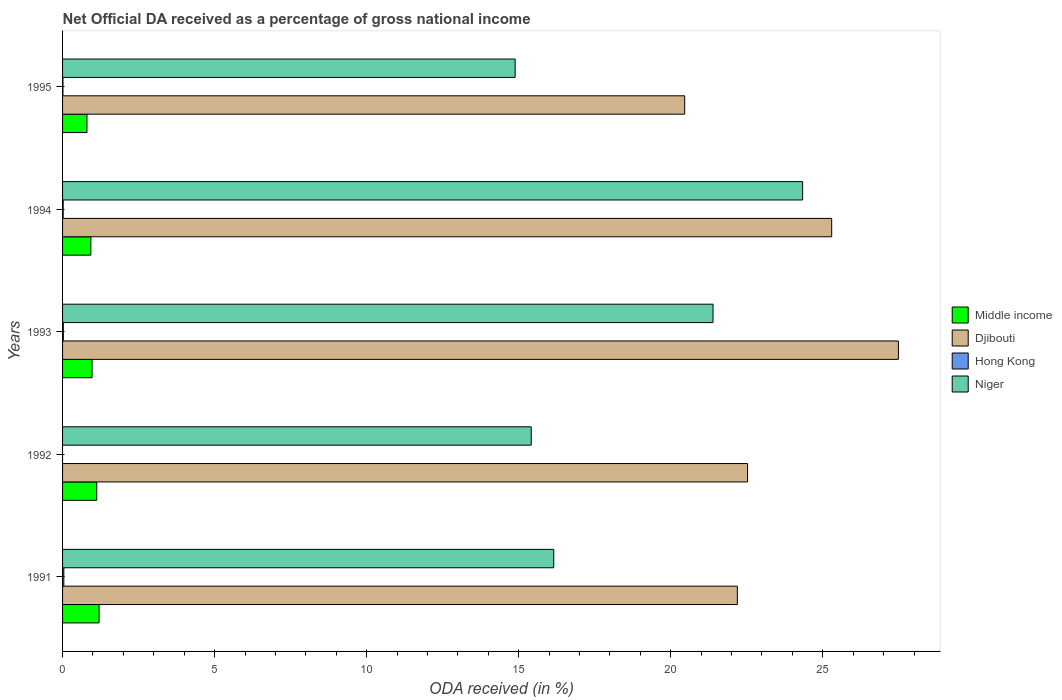
| Years | Middle income | Djibouti | Hong Kong | Niger |
 | --- | --- | --- | --- | --- |
 | 1991 | 1.2 | 22.2 | 0.0419 | 16.2 |
 | 1992 | 1.12 | 22.5 | -0.0387 | 15.4 |
 | 1993 | 0.97 | 27.5 | 0.0251 | 21.4 |
 | 1994 | 0.931 | 25.3 | 0.0198 | 24.3 |
 | 1995 | 0.803 | 20.5 | 0.0122 | 14.9 |